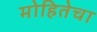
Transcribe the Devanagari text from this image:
मोहितेचा